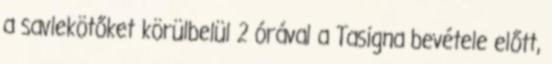
a savlekötőket körülbelül 2 órával a Tasigna bevétele előtt,